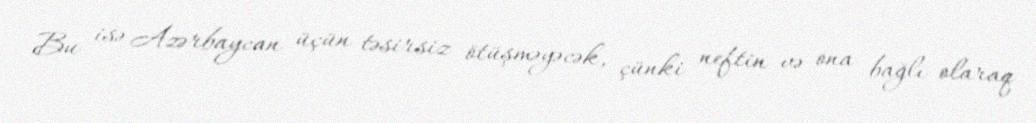
Bu isə Azərbaycan üçün təsirsiz ötüşməyəcək, çünki neftin və ona bağlı olaraq